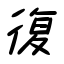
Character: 復